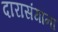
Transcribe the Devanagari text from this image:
दारासंगांना